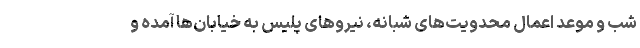
شب و موعد اعمال محدویت‌های شبانه، نیروهای پلیس به خیابان‌ها آمده و